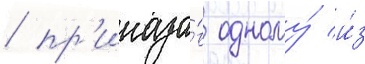
/ пр'иказа́в одному́ и́з